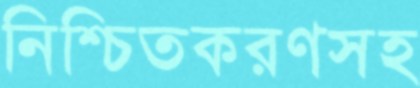
নিশ্চিতকরণসহ